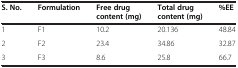
<table><thead><tr><td><b>S. No.</b></td><td><b>Formulation</b></td><td><b>Free drug content (mg)</b></td><td><b>Total drug content (mg)</b></td><td><b>%EE</b></td></tr></thead><tbody><tr><td>1</td><td>F1</td><td>10.2</td><td>20.136</td><td>48.84</td></tr><tr><td>2</td><td>F2</td><td>23.4</td><td>34.86</td><td>32.87</td></tr><tr><td>3</td><td>F3</td><td>8.6</td><td>25.8</td><td>66.7</td></tr></tbody></table>